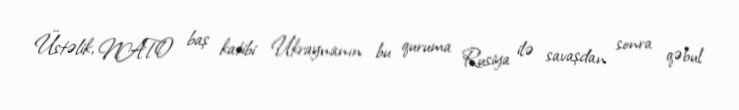
Üstəlik, NATO baş katibi Ukraynanın bu quruma Rusiya ilə savaşdan sonra qəbul